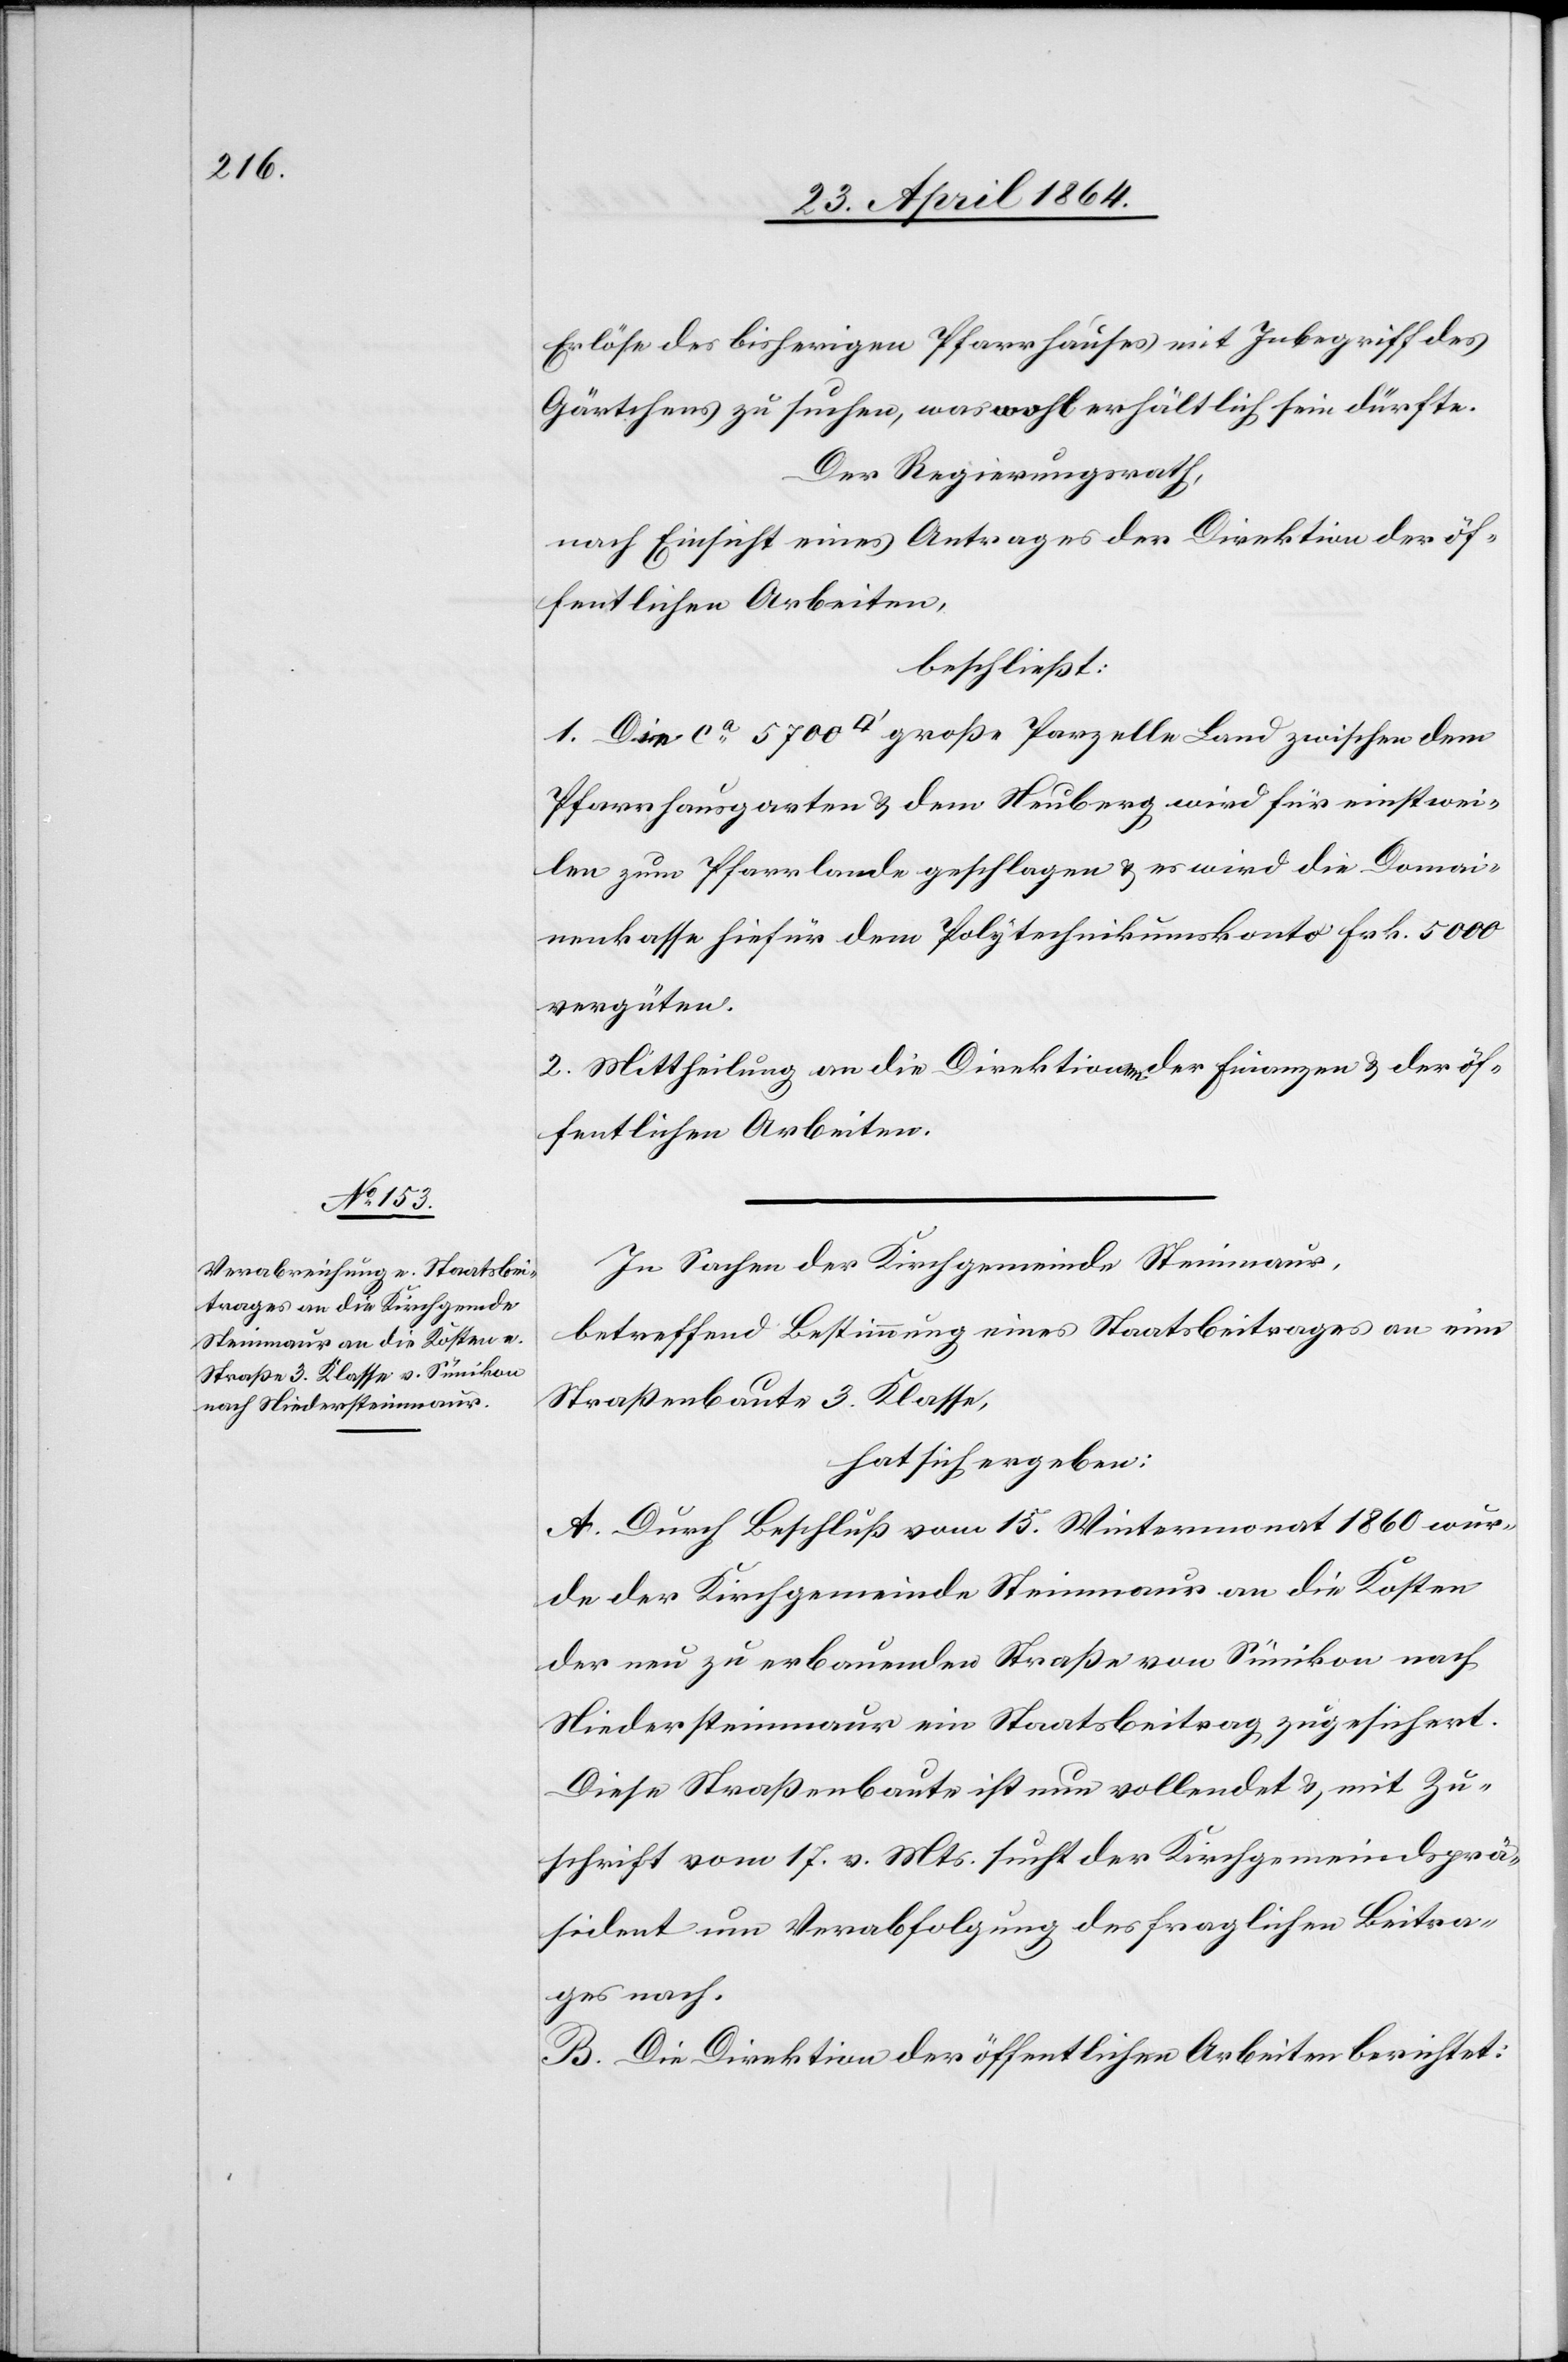
Erlöse des bisherigen Pfarrhauses mit Inbegriff des
Gärtchens zu suchen, was wohl erhältlich sein dürfte.
Der Regierungsrath,
nach Einsicht eines Antrages der Direktion der öf¬
fentlichen Arbeiten,
beschließt:
1. Die ca 5700 [Quadratfuss] große Parzelle Land zwischen dem
Pfarrhausgarten u. dem Neuberg wird für einstwei¬
len zum Pfarrlande geschlagen u. es wird die Domai¬
nenkasse hiefür dem Polytechnikumskonto Frk. 5000
vergüten.
2. Mittheilung an die Direktionen der Finanzen u. der öf¬
fentlichen Arbeiten.
In Sachen der Kirchgemeinde Steinmaur,
betreffend Bestimmung eines Staatsbeitrages an eine
Straßenbaute 3. Klasse,
hat sich ergeben:
A. Durch Beschluß vom 15. Wintermonat 1860 wur¬
de der Kirchgemeinde Steinmaur an die Kosten
der neu zu erbauenden Straße von Sünikon nach
Niedersteinmaur ein Staatsbeitrag zugesichert.
Diese Straßenbaute ist nun vollendet u. mit Zu¬
schrift vom 17. v. Mts. sucht der Kirchgemeindsprä¬
sident um Verabfolgung des fraglichen Beitra¬
ges nach.
B. Die Direktion der öffentlichen Arbeiten berichtet: